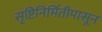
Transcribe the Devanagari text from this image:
सृष्टिनिर्मितीपासून